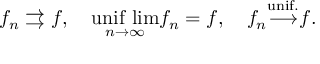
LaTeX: f _ { n } \rightrightarrows f , \quad { \underset { n \to \infty } { \mathrm { u n i f \ l i m } } } f _ { n } = f , \quad f _ { n } { \overset { \mathrm { u n i f . } } { \longrightarrow } } f .